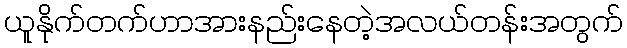
ယူနိုက်တက်ဟာအားနည်းနေတဲ့အလယ်တန်းအတွက်